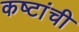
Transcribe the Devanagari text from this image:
कष्टांची